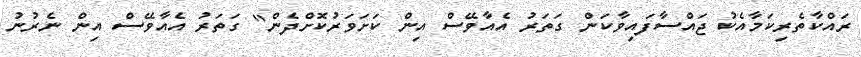
ރައްކާތެރިކަމާއެކު ޖައްސާފައިވާކަން ގަތަރު އެއާވޭސް އިން ކަށަވަރުކޮށްދެން" ގަތަރު އެއާވޭސް އިން ނެރުނު